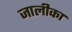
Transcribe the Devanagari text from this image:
जालीका